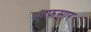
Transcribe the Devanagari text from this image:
अफ़सार